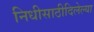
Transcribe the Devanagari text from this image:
निधीसाठीदिलेल्या